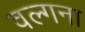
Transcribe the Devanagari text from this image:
वल्गना